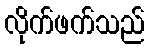
လိုက်ဖက်သည်